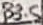
Text: B3.5